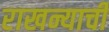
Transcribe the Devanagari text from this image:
राखन्याची